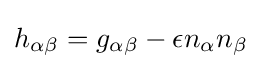
h_{\alpha \beta }=g_{\alpha \beta }-\epsilon n_{\alpha }n_{\beta }